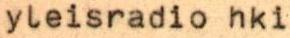
yleisradio hki